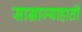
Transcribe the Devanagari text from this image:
साम्राज्याहाती